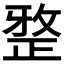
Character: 𭣼